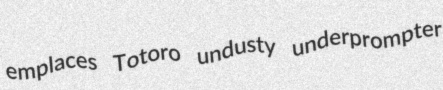
emplaces Totoro undusty underprompter